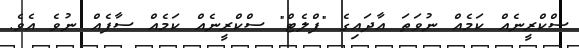
ސްކްރީނެއް ކަމެއް ނުވަތަ އާދައިގެ "ފްލެޓް" ސްކްރީނެއް ކަމެއް ސާފެއް ނުވެ އެވެ.